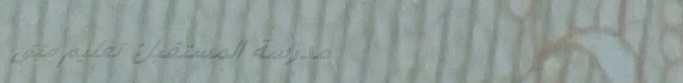
مدرسة المستقبل: تعليم متق